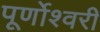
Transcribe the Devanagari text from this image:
पूर्णोश्वरी